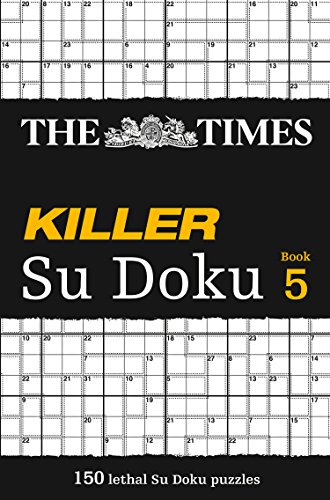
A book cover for The Times Killer Su Doku 5 (Bk. 5); The Times Mind Games; Humor & Entertainment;